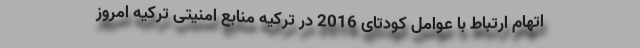
اتهام ارتباط با عوامل کودتای 2016 در ترکیه منابع امنیتی ترکیه امروز